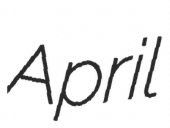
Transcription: April